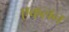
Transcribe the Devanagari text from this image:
एकलन